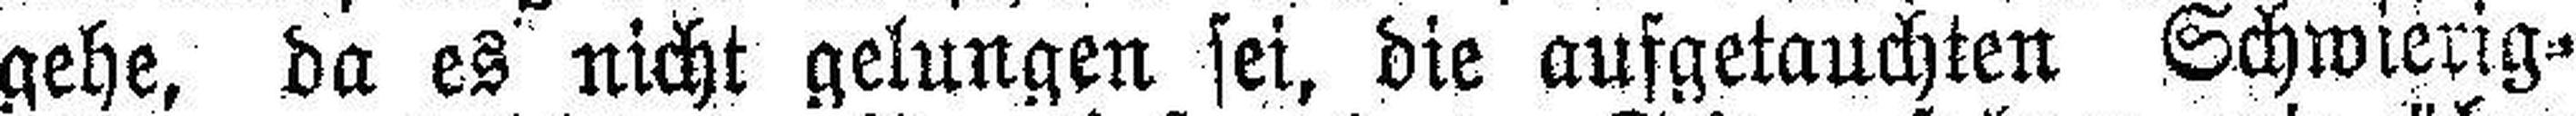
gehe, da es nicht gelungen sei, die aufgetauchten Schwierig¬